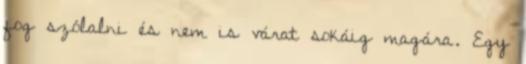
fog szólalni és nem is várat sokáig magára. Egy